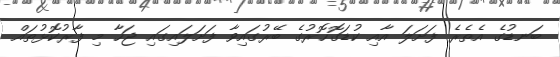
ބަނޑުގެ އެތެރެ ފަށަލަ އާއި ކުޑަގޮހޮރުގެ ބޭރުގައިވާ ފަށަލައިގައި ޖަހާ މި ފާރުކޮޅުތައް